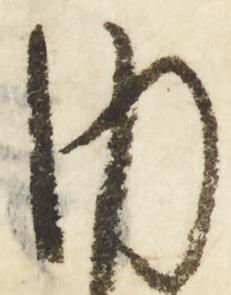
内